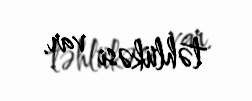
təhlükəsi var.